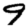
Digit: 9